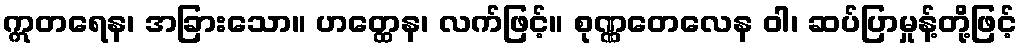
ဣတရေန၊ အခြားသော။ ဟတ္ထေန၊ လက်ဖြင့်။ စုဏ္ဏတေလေန ဝါ၊ ဆပ်ပြာမှုန့်တို့ဖြင့်